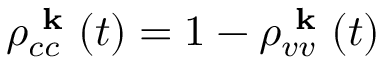
\rho _ { c c } ^ { \textbf { k } } ( t ) = 1 - \rho _ { v v } ^ { \textbf { k } } ( t )